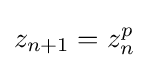
z_{n+1}=z_{n}^{p}